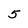
Character: 5